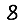
Digit: 8